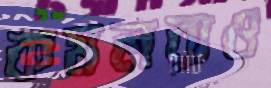
কমলরাও